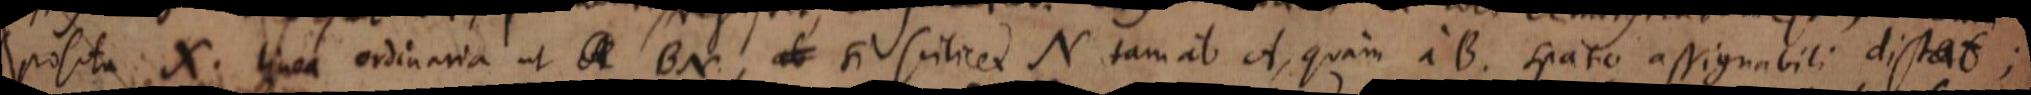
posita x linea ordinaria ut BN, si scilicet N tam ab A, quam a B spatio assignabili distat;